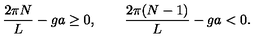
\frac { 2 \pi N } { L } - g a \ge 0 , \qquad \frac { 2 \pi ( N - 1 ) } { L } - g a < 0 .